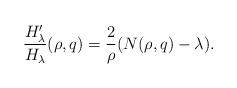
LaTeX: \begin{align*}\frac{H_\lambda'}{H_\lambda} (\rho, q) = \frac{2}{\rho} (N(\rho, q)-\lambda). \end{align*}